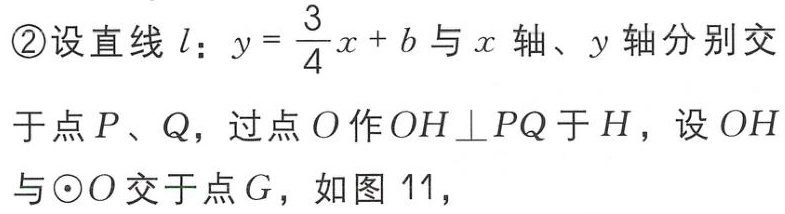
\textcircled{2}设直线\(l\)：\(y = \frac{3}{4}x + b\)与\(x\)轴、\(y\)轴分别交于点\(P\)、\(Q\)，过点\(O\)作\(OH\perp PQ\)于\(H\)，设\(OH\)与\(\odot O\)交于点\(G\)，如图11，